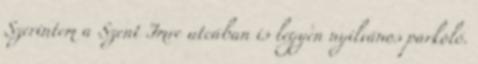
Szerintem a Szent Imre utcában is legyen nyilvános parkoló.